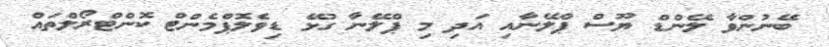
ބޭނުންވާ ލޭންޑް ޔޫސް ޕްލޭނާއި އަދި މި ޕްލޭނާ ގުޅޭ ޑިވެލޮޕްމެންޓް ކޮންޓްރޯލްތައް